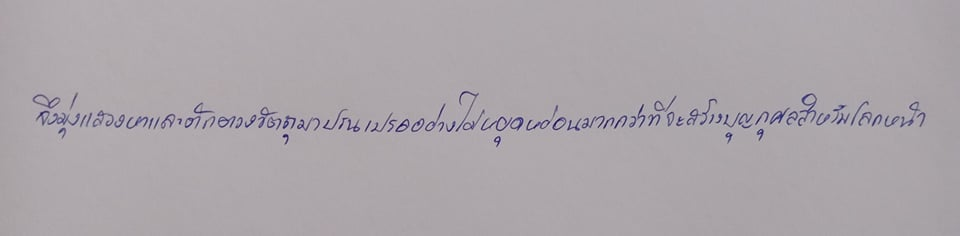
จึงมุ่งแสวงหาและตักตวงวัตถุมาปรนเปรออย่างไม่หยุดหย่อนมากกว่าที่จะสร้างบุญกุศลสำหรับโลกหน้า